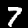
Label: 7